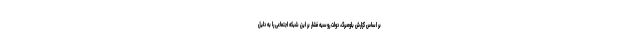
بر اساس گزارش بلومبرگ، دولت روسیه فشار بر این شبکه اجتماعی را به دلیل